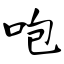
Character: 咆